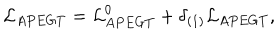
LaTeX: { \cal L } _ { A P E G T } = { \cal L } _ { A P E G T } ^ { 0 } + \delta _ { ( 1 ) } { \cal L } _ { A P E G T } ,